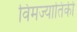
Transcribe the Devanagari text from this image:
विमज्यातिकी